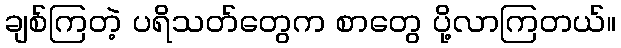
ချစ်ကြတဲ့ ပရိသတ်တွေက စာတွေ ပို့လာကြတယ်။